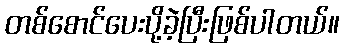
တစ်စောင်ပေးပို့ခဲ့ပြီးဖြစ်ပါတယ်။